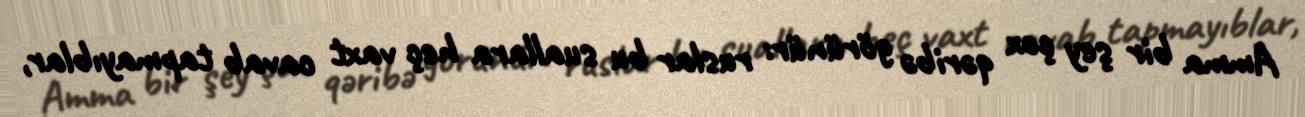
Amma bir şey çox qəribə görünür: ruslar bu suallara heç vaxt cavab tapmayıblar,